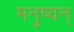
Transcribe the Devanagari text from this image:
मनुष्यन्